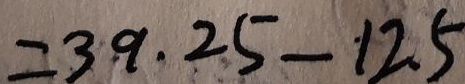
= 3 9 . 2 5 - 1 2 . 5